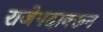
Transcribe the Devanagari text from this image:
राजेपदावरून